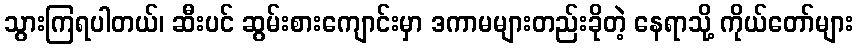
သွားကြရပါတယ်၊ ဆီးပင် ဆွမ်းစားကျောင်းမှာ ဒကာမများတည်းခိုတဲ့ နေရာသို့ ကိုယ်တော်များ